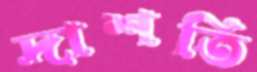
দাশতি